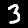
Digit: 3